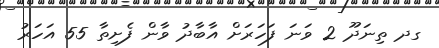
ގދ ތިނަދޫ 2 ވަނަ ފަހަރަށް އާބާދު ވާން ފެށިތާ 55 އަހަރު